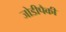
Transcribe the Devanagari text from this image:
जोडीपैकी